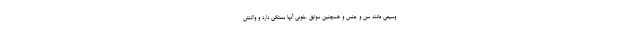
وسیعی مانند سن و جنس و همچنین سوابق عفونی آنها بستگی دارد و واکنش